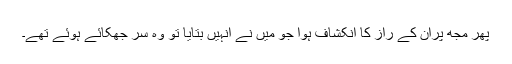
پھر مجھ پران کے راز کا انکشاف ہوا جو میں نے انہیں بتایا تو وہ سر جھکائے ہوئے تھے۔